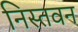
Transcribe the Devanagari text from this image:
निस्तवन